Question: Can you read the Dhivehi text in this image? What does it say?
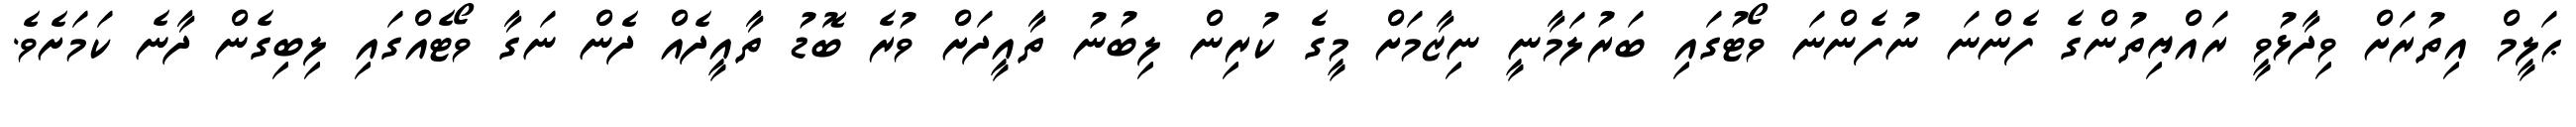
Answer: ޙަލީމް އިތުރަށް ވިދާޅުވީ ރައްޔިތުންގެ ފެންނަ ނުފެންނަ ވޯޓުގައި ބަރުލަމާނީ ނިޒާމަށް މީގެ ކުރިން ލިބުނު ތާއީދަށް ވުރެ ބޮޑު ތާއީދެއް ދެން ނަގާ ވޯޓެއްގައި ލިބިގެން ދާނެ ކަމަށެވެ.